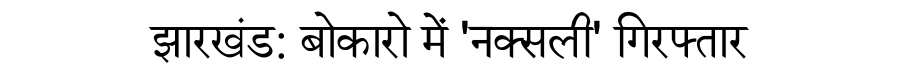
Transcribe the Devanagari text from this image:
झारखंड: बोकारो में 'नक्सली' गिरफ्तार